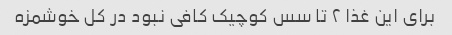
برای این غذا ۲ تا سس کوچیک کافی نبود در کل خوشمزه